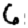
Digit: 6